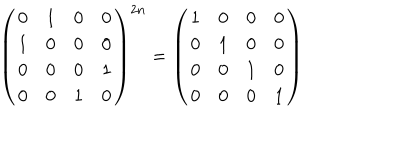
LaTeX: \left( \begin{array} { c c c c } { { 0 } } & { { 1 } } & { { 0 } } & { { 0 } } \\ { { 1 } } & { { 0 } } & { { 0 } } & { { 0 } } \\ { { 0 } } & { { 0 } } & { { 0 } } & { { 1 } } \\ { { 0 } } & { { 0 } } & { { 1 } } & { { 0 } } \\ \end{array} \right) ^ { 2 n } = \left( \begin{array} { c c c c } { { 1 } } & { { 0 } } & { { 0 } } & { { 0 } } \\ { { 0 } } & { { 1 } } & { { 0 } } & { { 0 } } \\ { { 0 } } & { { 0 } } & { { 1 } } & { { 0 } } \\ { { 0 } } & { { 0 } } & { { 0 } } & { { 1 } } \\ \end{array} \right)